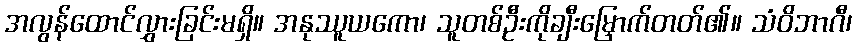
အလွန်ထောင်လွှားခြင်းမရှိ။ အနုဿူယကော၊ သူတစ်ဦးကိုချီးမြှောက်တတ်၏။ သံဝိဘာဂီ၊